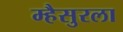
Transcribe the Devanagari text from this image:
म्हैसुरला